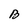
Character: B